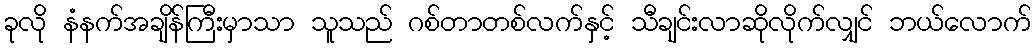
ခုလို နံနက်အချိန်ကြီးမှာသာ သူသည် ဂစ်တာတစ်လက်နှင့် သီချင်းလာဆိုလိုက်လျှင် ဘယ်လောက်